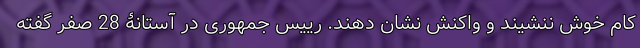
کام خوش ننشیند و واکنش نشان دهند. رییس جمهوری در آستانۀ 28 صفر گفته